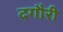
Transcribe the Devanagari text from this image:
दगौरी